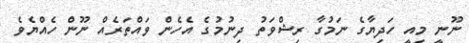
ނޫނީ މިއީ ހަދިޔާގެ ނަމުގާ ރިޝްވަތު ދިނުމުގެ އެހެން ވައްތަރެއް ނޫން ހެއްޔެވެ